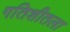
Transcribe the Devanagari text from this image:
गतिशीतला